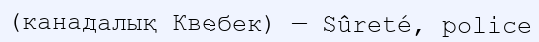
(канадалық Квебек) — Sûreté, police